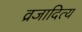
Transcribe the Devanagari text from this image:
व्रजादित्य